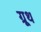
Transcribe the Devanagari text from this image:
ग्रूथ